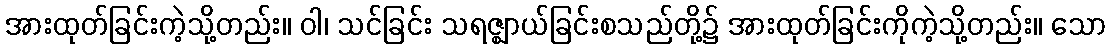
အားထုတ်ခြင်းကဲ့သို့တည်း။ ဝါ၊ သင်ခြင်း သရဇ္ဈာယ်ခြင်းစသည်တို့၌ အားထုတ်ခြင်းကိုကဲ့သို့တည်း။ သော